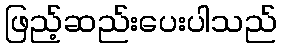
ဖြည့်ဆည်းပေးပါသည်